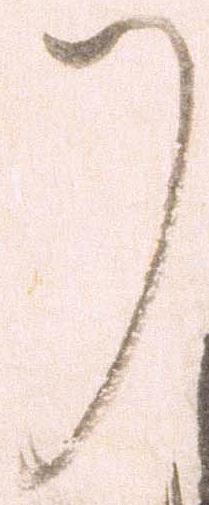
了